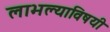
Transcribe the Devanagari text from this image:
लाभल्याविषयी